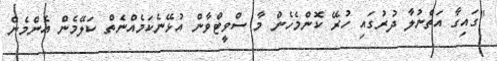
"ގައިގާ އަތްނުލާ ދުރުގައި ހުރޭ ކޮންމެހެން މާ ސްވީޓްވާން އުޅޭނެކަމެއްނެތް ކަލޭމެން އެންމެން